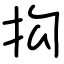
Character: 抅